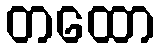
တထော